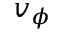
v _ { \phi }